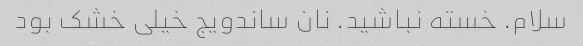
سلام. خسته نباشید. نان ساندویج خیلی خشک بود